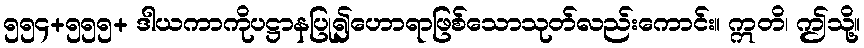
၅၅၄+၅၅၅+ ဒါယကာကိုပဋ္ဌာနပြု၍ဟောရာဖြစ်သောသုတ်လည်းကောင်း။ ဣတိ၊ ဤသို့။